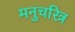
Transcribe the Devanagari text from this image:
मनुचरित्र